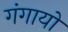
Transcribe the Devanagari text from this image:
गंगायो